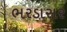
ભરડાસર